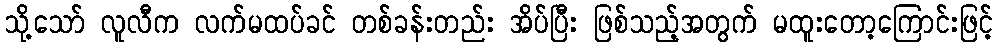
သို့သော် လူလီက လက်မထပ်ခင် တစ်ခန်းတည်း အိပ်ပြီး ဖြစ်သည့်အတွက် မထူးတော့ကြောင်းဖြင့်